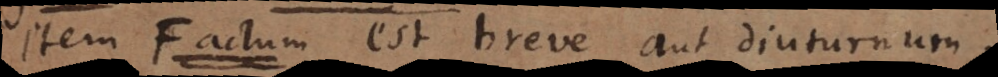
Item F est breve aut diuturnum.